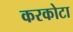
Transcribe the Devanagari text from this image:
करकोटा